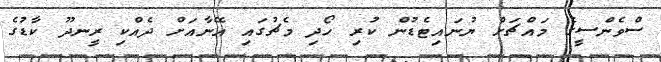
ސްވެންސީގެ މައްޗަށް ޔުނައިޓެޑުން ކުރި ހޯދި މެޗުގައި އޭނާއަށް ދެއްކި ރީނދޫ ކާޑުގެ